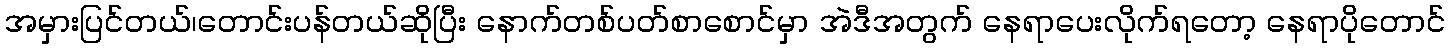
အမှားပြင်တယ်၊တောင်းပန်တယ်ဆိုပြီး နောက်တစ်ပတ်စာစောင်မှာ အဲဒီအတွက် နေရာပေးလိုက်ရတော့ နေရာပိုတောင်